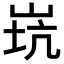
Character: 𡷲